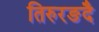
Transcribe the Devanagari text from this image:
तिरुरङदै